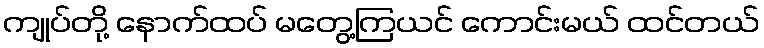
ကျုပ်တို့ နောက်ထပ် မတွေ့ကြယင် ကောင်းမယ် ထင်တယ်